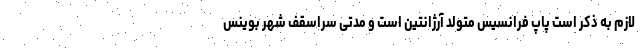
لازم به ذکر است پاپ فرانسیس متولد آرژانتین است و مدتی سراسقف شهر بوینس